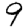
Digit: 9